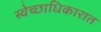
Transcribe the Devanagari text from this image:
स्वेच्छाधिकारात